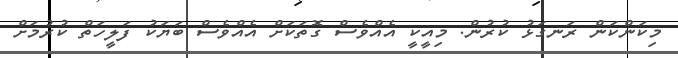
މިކަންކަން ރަނގަޅު ކުރުން. މިއީކީ އެއްވެސް ގޮތަކަށް އެއްވެސް ބަޔަކު ފަލީހަތް ކުރުމަށް